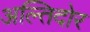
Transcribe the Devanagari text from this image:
अल्तिदोर